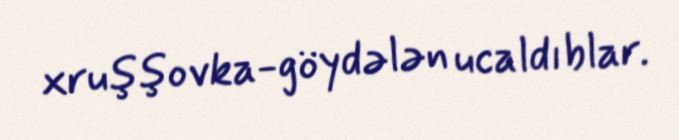
xruşşovka-göydələn ucaldıblar.